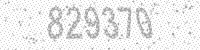
Solution: 829370